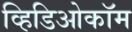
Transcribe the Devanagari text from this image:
व्हिडिओकॉम